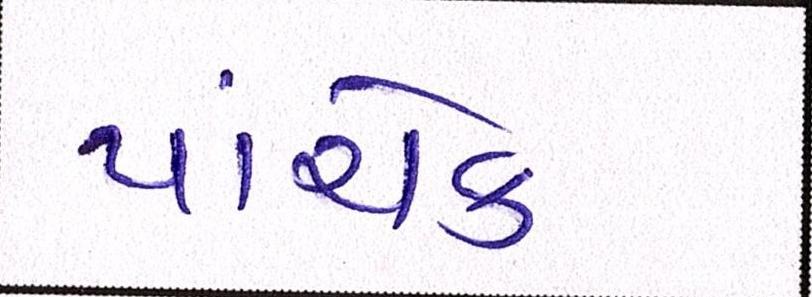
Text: પાંચેક